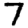
Digit: 7